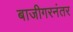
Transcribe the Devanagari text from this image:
बाजीगरनंतर